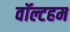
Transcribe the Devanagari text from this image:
वॉल्टहम